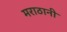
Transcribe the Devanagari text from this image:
मराठानी